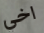
اخي